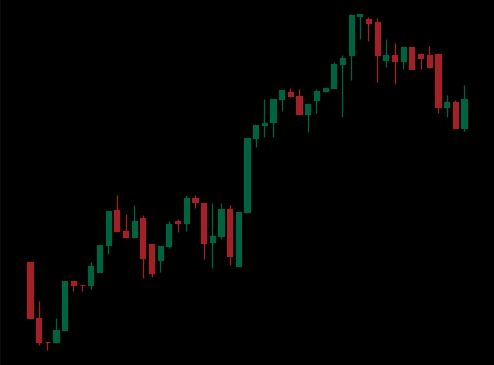
Pattern: bear_flag